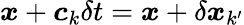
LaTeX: \boldsymbol{x}+\boldsymbol{c}_{k}\delta t=\boldsymbol{x}+\delta\boldsymbol{x}_{k^{\prime}}